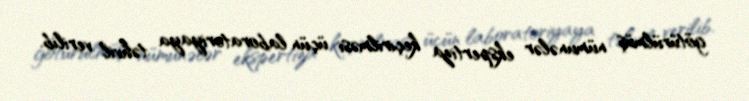
götürülmüş nümunələr ekspertiza keçirilməsi üçün laboratoriyaya təhvil verilib.